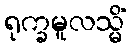
ရုက္ခမူလသ္မိံ